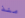
منذ